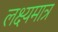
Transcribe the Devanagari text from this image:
लक्ष्यमात्र